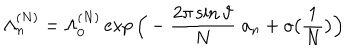
LaTeX: \Lambda _ { n } ^ { ( N ) } = \Lambda _ { 0 } ^ { ( N ) } \exp \Big ( - \frac { 2 \pi \sin \vartheta } N \; { a _ { n } } + o \big ( \frac 1 N \big ) \Big )